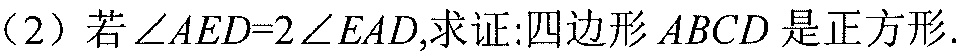
（2）若$\angle AED = 2\angle EAD$,求证:四边形$ABCD$是正方形.